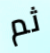
ثم